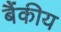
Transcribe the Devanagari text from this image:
बैंकीय